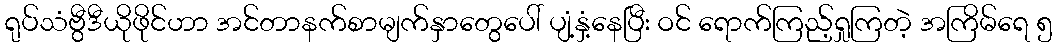
ရုပ်သံဗွီဒီယိုဖိုင်ဟာ အင်တာနက်စာမျက်နှာတွေပေါ် ပျံ့နှံ့နေပြီး ဝင် ရောက်ကြည့်ရှုကြတဲ့ အကြိမ်ရေ ၅